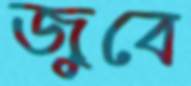
জুবে